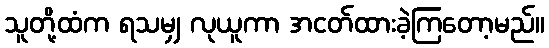
သူတို့ထံက ရသမျှ လုယူကာ အငတ်ထားခဲ့ကြတော့မည်။